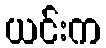
ယင်းက